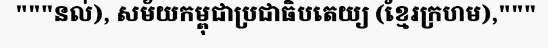
"""នល់), សម័យកម្ពុជាប្រជាធិបតេយ្យ (ខ្មែរក្រហម),"""